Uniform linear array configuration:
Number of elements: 12
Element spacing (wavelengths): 0.75
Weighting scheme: blackman
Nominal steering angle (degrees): -15
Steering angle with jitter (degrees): -16.198
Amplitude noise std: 0.05
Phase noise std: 0.05

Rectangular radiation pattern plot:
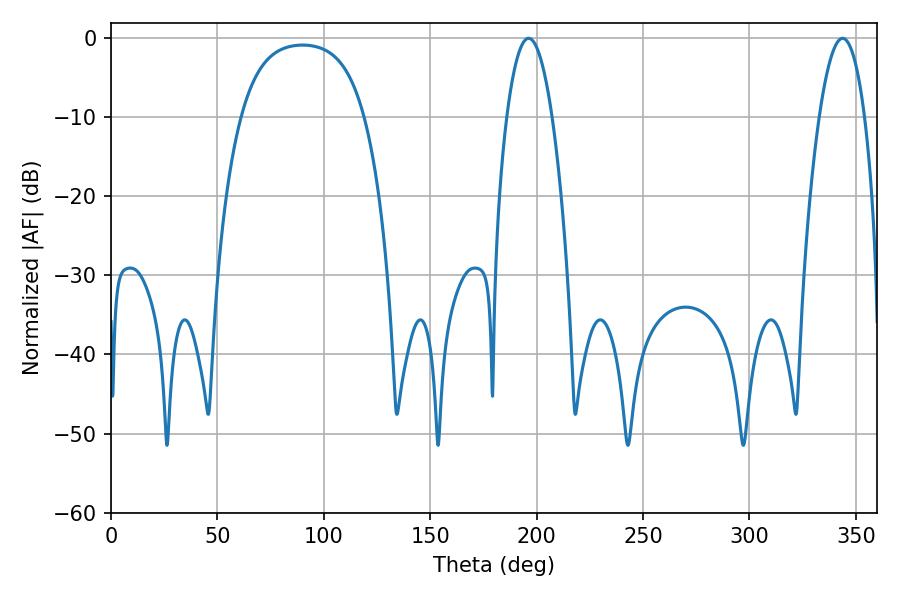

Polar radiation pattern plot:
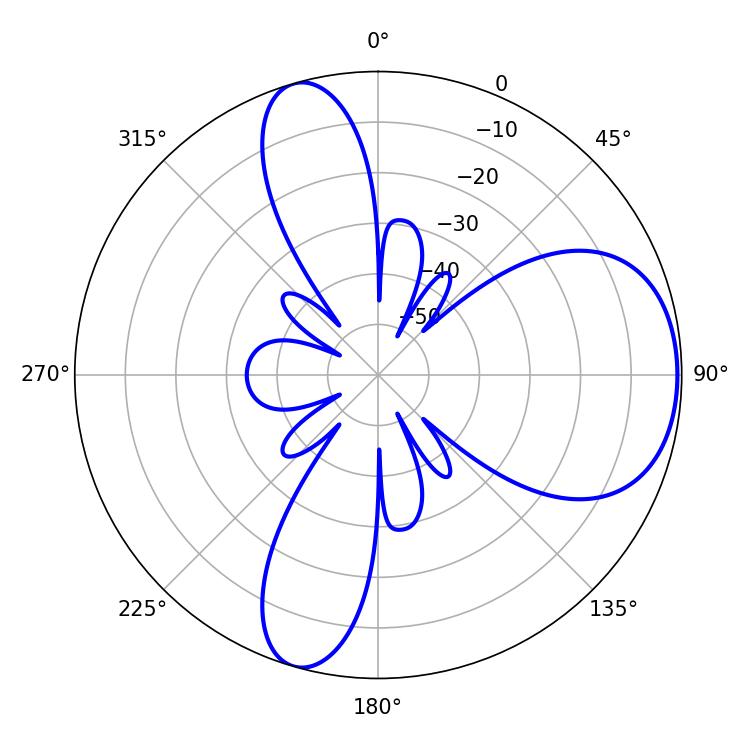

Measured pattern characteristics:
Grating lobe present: TRUE
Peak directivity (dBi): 6.737
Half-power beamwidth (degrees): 11.88
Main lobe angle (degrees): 196.2